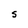
Character: S